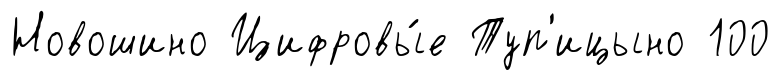
Новошино Цифровы́е Туп'ицыно 100